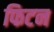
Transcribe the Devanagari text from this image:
फिटन